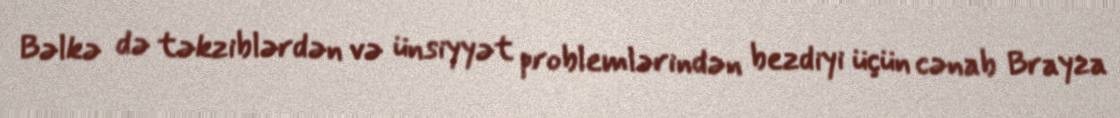
Bəlkə də təkziblərdən və ünsiyyət problemlərindən bezdiyi üçün cənab Brayza